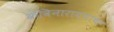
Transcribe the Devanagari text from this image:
कविनारायणाचा